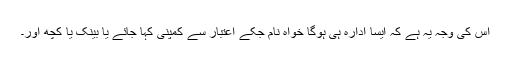
اس کی وجہ یہ ہے کہ ایسا ادارہ ہی ہوگا خواہ نام جکے اعتبار سے کمپنی کہا جائے یا بینک یا کچھ اور۔